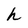
Character: h